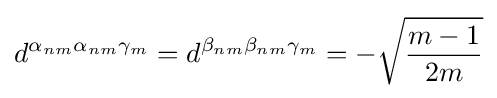
d^{\alpha _{nm}\alpha _{nm}\gamma _{m}}=d^{\beta _{nm}\beta _{nm}\gamma _{m}}=-{\sqrt {\frac {m-1}{2m}}}